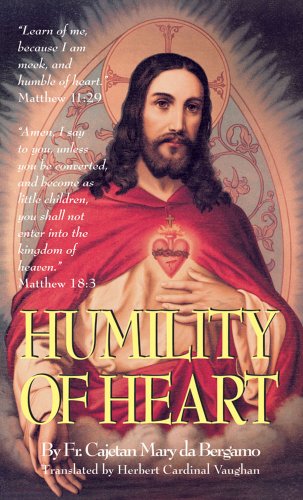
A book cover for Humility Of Heart; Fr. Cajetan Mary da Bergamo; Christian Books & Bibles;